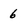
Character: 6